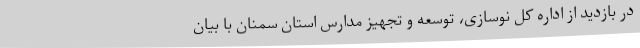
در بازدید از اداره کل نوسازی، توسعه و تجهیز مدارس استان سمنان با بیان